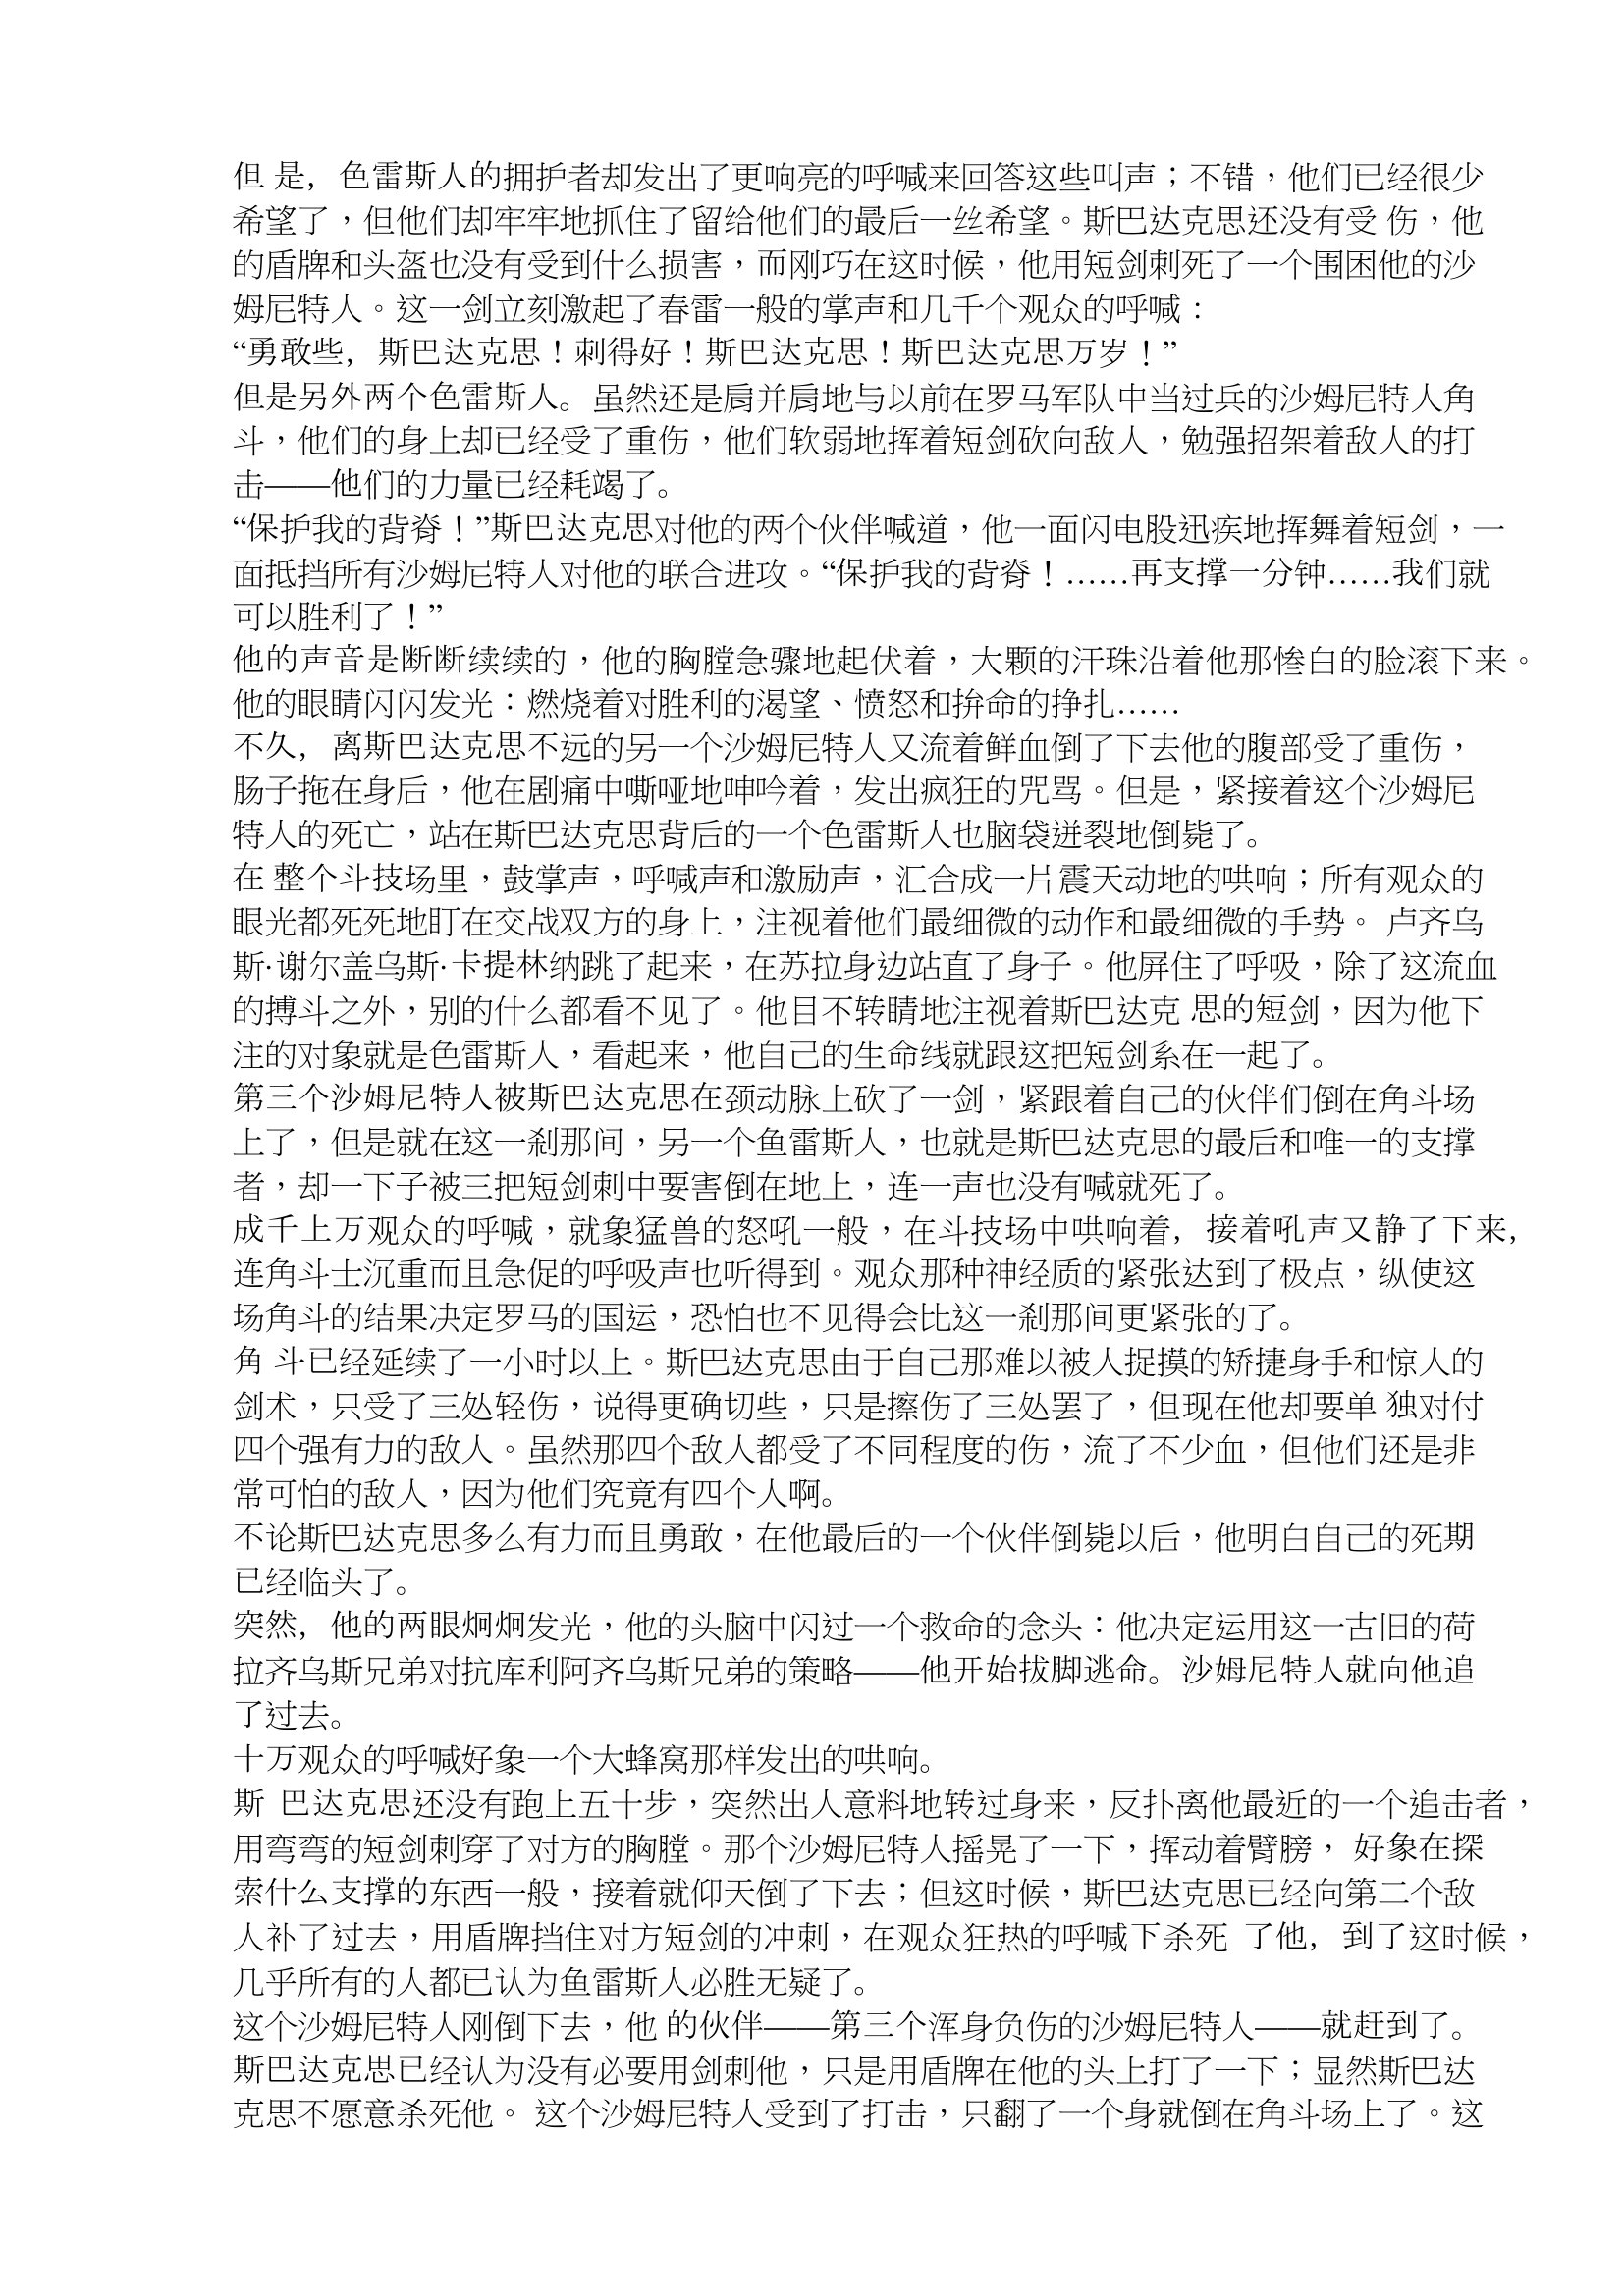
Language: zh